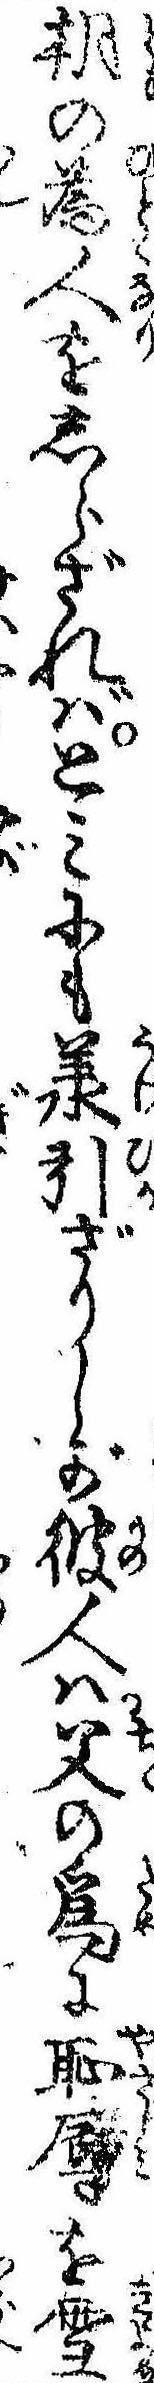
朝の為人をしらざればとみにも承引ざりしが彼人は父の為に恥辱を雪